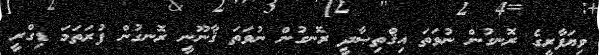
ވިޔަފާރީގެ ރޮނގުން ނުވަތަ އިޤްތިޞާދީ ރޮނގުން ނުވަތަ ޤާނޫނީ ރޮނގުން ފުރަތަމަ ޑިގްރީ